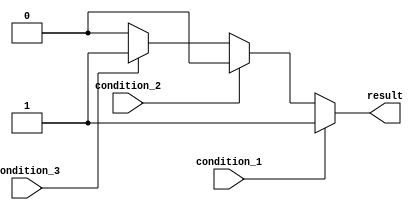
module if_else_ladder (
    input wire condition_1,
    input wire condition_2,
    input wire condition_3,
    output reg result
);

always @* begin
    if (condition_1) begin
        result = 1;
    end
    else if (condition_2) begin
        result = 2;
    end
    else if (condition_3) begin
        result = 3;
    end
    else begin
        result = 0;
    end
end

endmodule